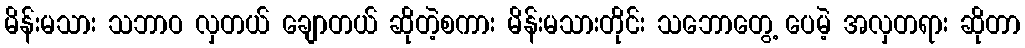
မိန်းမသား သဘာဝ လှတယ် ချောတယ် ဆိုတဲ့စကား မိန်းမသားတိုင်း သဘောတွေ့ ပေမဲ့ အလှတရား ဆိုတာ